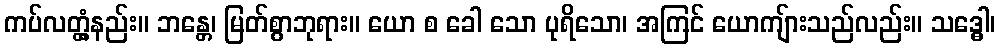
ကပ်လတ္တံ့နည်း။ ဘန္တေ၊ မြတ်စွာဘုရား။ ယော စ ခေါ သော ပုရိသော၊ အကြင် ယောကျ်ားသည်လည်း။ သဒ္ဓေါ၊